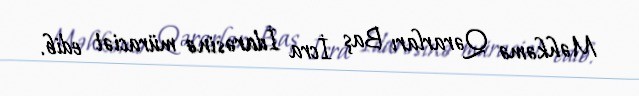
Məhkəmə Qərarları Baş İcra İdarəsinə müraciət edib.